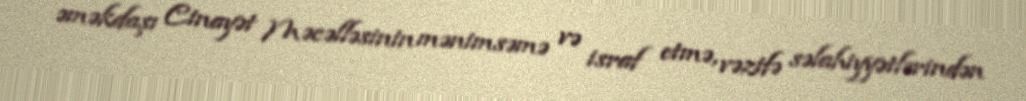
əməkdaşı Cinayət Məcəlləsinin mənimsəmə və israf etmə, vəzifə səlahiyyətlərindən